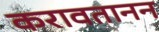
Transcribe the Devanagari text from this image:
करावतानन